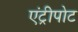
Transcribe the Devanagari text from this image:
एंट्रीपोट